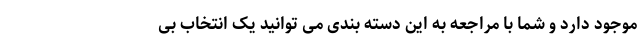
موجود دارد و شما با مراجعه به این دسته بندی می توانید یک انتخاب بی